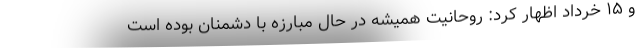
و ۱۵ خرداد اظهار کرد: روحانیت همیشه در حال مبارزه با دشمنان بوده است